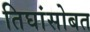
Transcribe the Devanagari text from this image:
तिघांसोबत